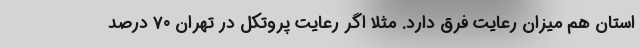
استان هم میزان رعایت فرق دارد. مثلا اگر رعایت پروتکل در تهران ۷۰ درصد